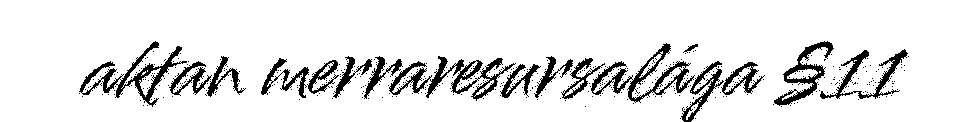
aktan merraresursalága §11